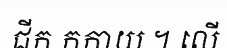
ជីក កកាយ ។ លើ